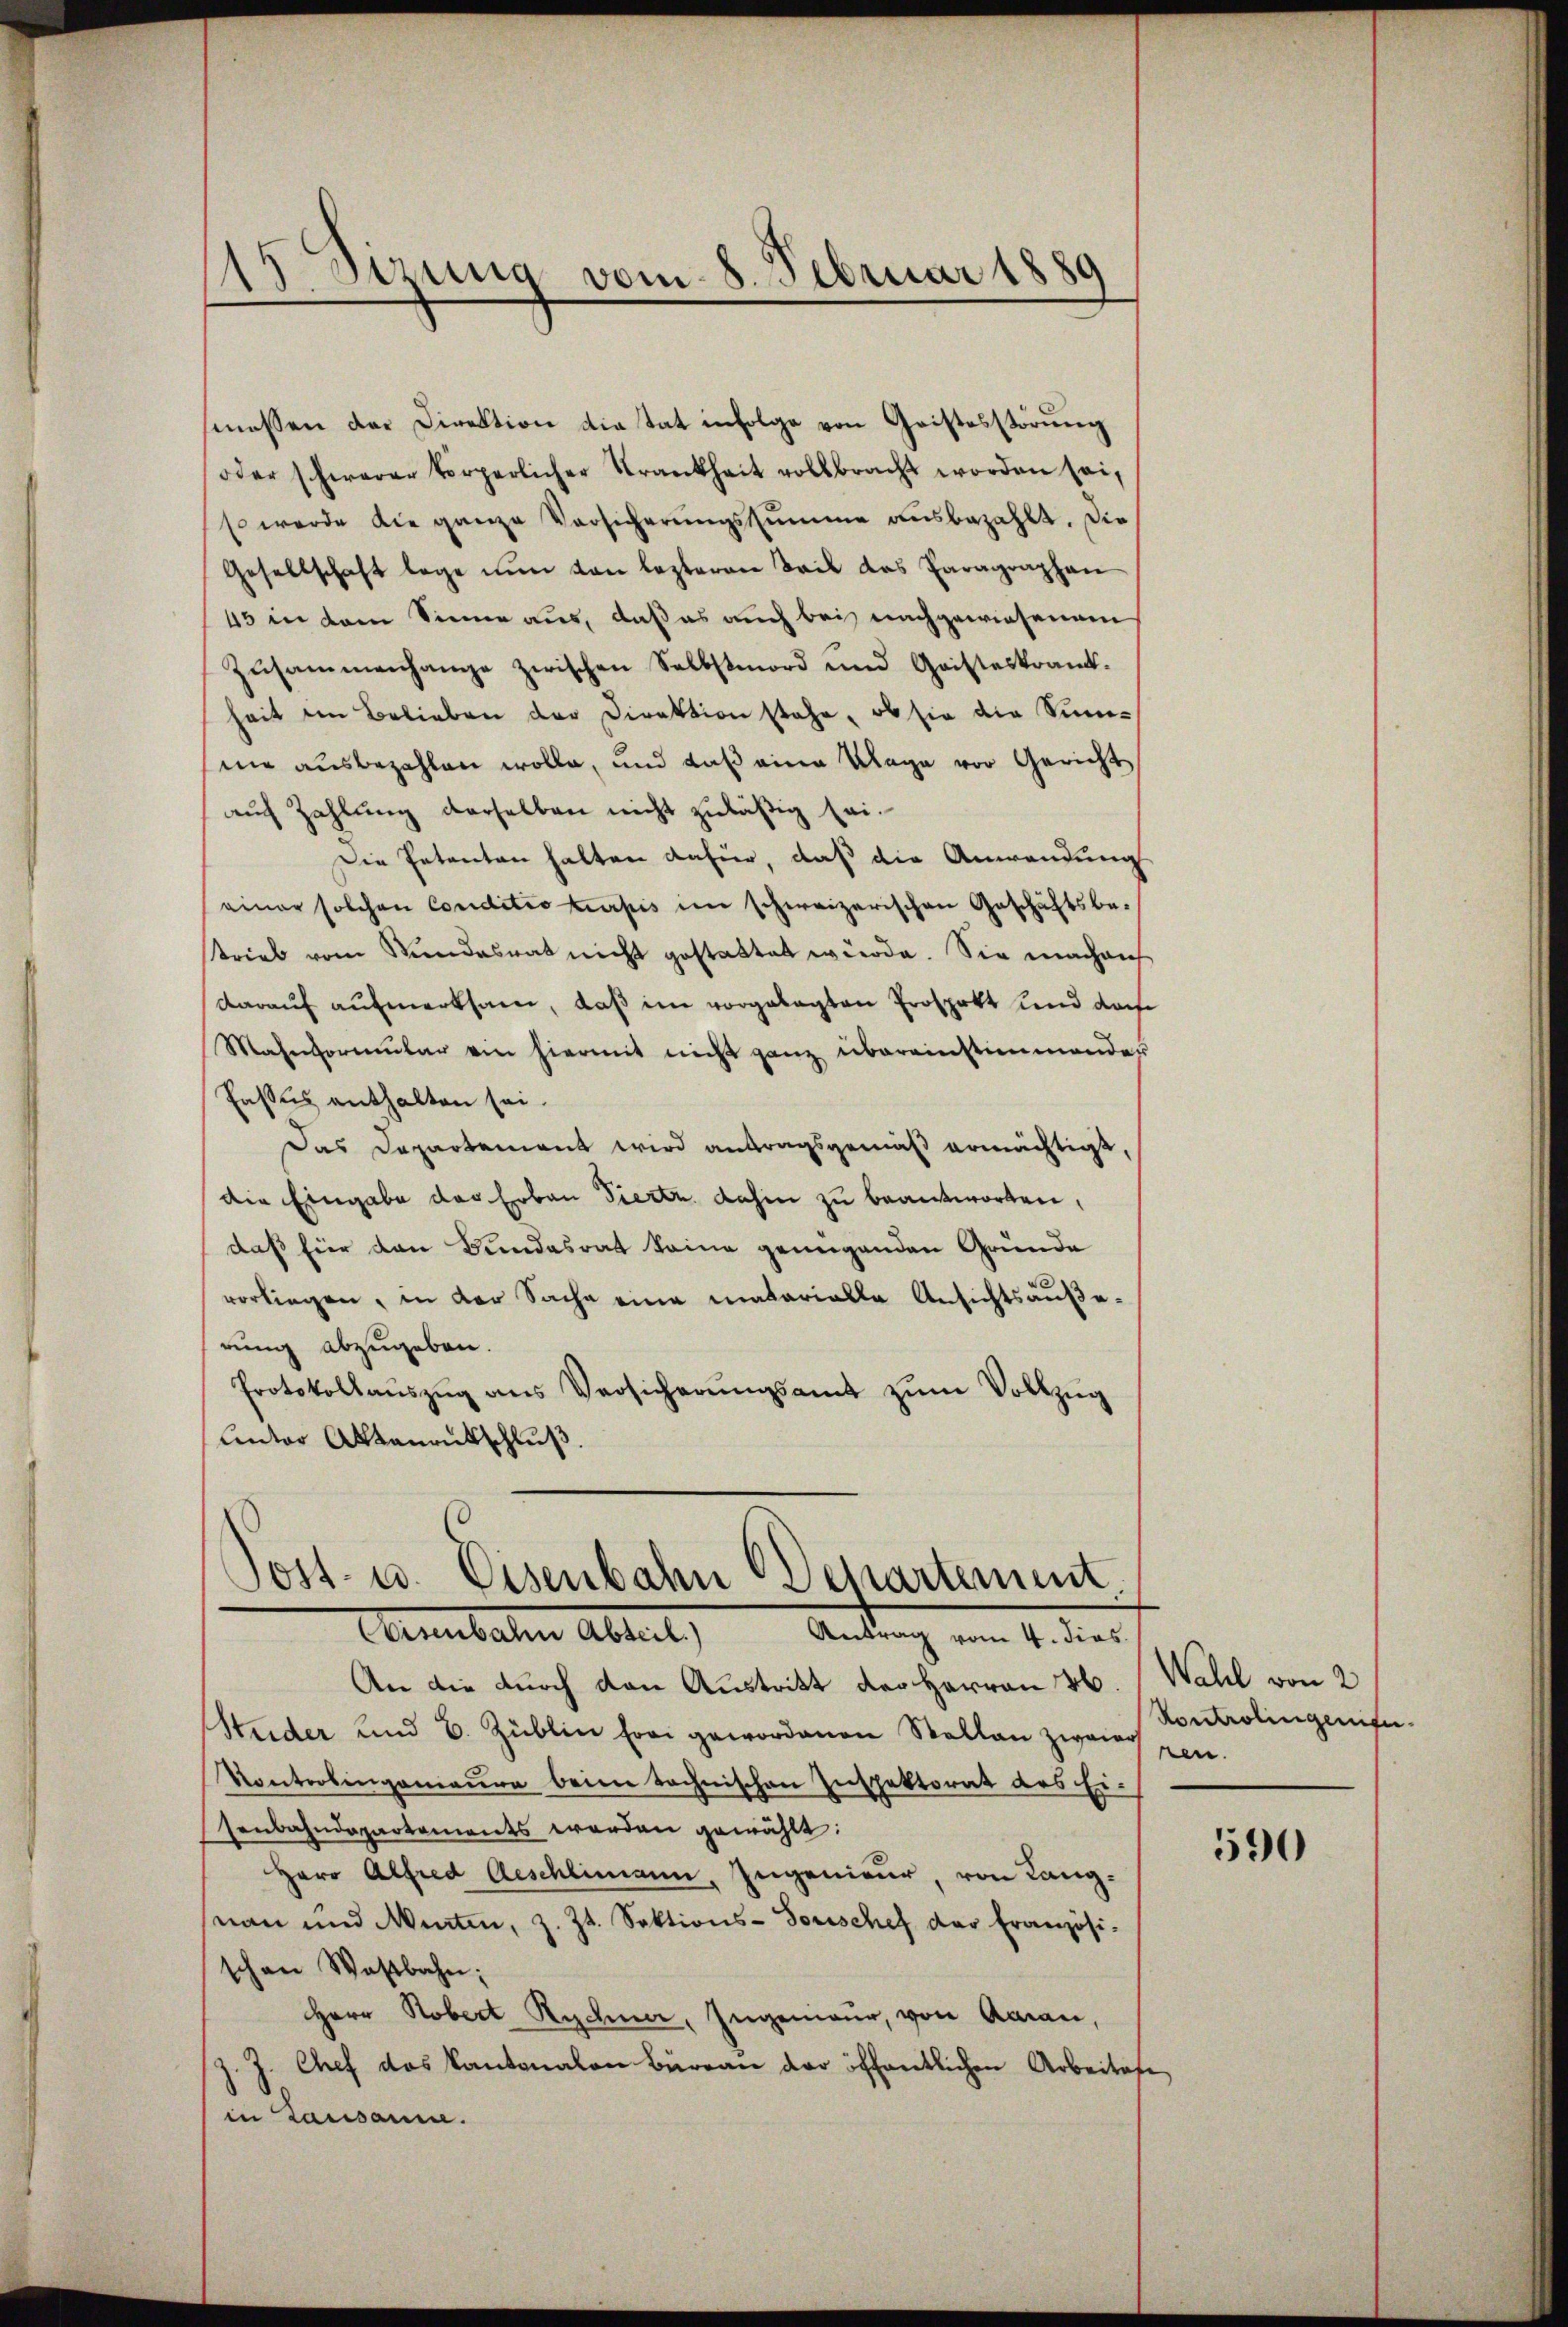
115. dirung vom 8. Februar 1889

messen der Direktion die Tat infolge von Geistesstörung
oder schwerer körperlicher Trankheit vollbracht worden sei,
so werde die ganze Versicherŭngssumme aŭsbezahlt. Die
Gesellschaft lege nŭn von lezteren Teil das Paragraphan
45 in dem Sinne aus, daß es auch bei nachgewiesenem
Zusammenhange zwischen Selbstmord und Geisteskrankheit im Belieben der Direktion stehe, ob sie die Sumnie ausbezahlen wolle, und daß eine Klage vor Gericht
auf Zahlung derselben nicht zuläßig sei¬
Die Petenten halten dafür, daß die Anwendung
einer solchen Conditio turpis im schweizerischen Geschäftsbetrieb vom Stundesrat nicht gestattet würde. Sie machen
darauf aufmerksam, daß im vorgelegten Prospekt und darf
Mahnformŭlar ein hiermit nicht ganz übereinstimmender
Faßes enthalten sei.
Das Departement wird antragsgemäß ermächtigt,
die Eingabe das Erban Viert dahin zu beantworten,
daß für den Bundesrat keine genügenden Gründe
vorliegen, in der Sache eine materialle Ansichtsäuße-
rung abzugeben.
Protokollaŭszŭg ans Versicherŭngsamt zŭm Vollzŭg
“
unter Aktenrutschluß.

Sost- u. Eisenbahn Departement
Anitaten Abteil
Antrag vom 4. dies

An die durch den Austritt der Herren 26. Wahl von 2
Studer und B. Züblin frei gewordenen Stallen zwang gen.
Kontrolingemeure beim technischen Inspektorat des Ei-
senbahndepartements werden gewählt:
Herr Alfred Aeschlimann, Ingenieur, von Langnan und Murten, z. Zt. Sektions-Forschef der Französi-
schen Wastbahn;
Herr Robert Rechner, Ingenieur, von Aarau,
j. J. Chef das Kantonalen Büreau der öffentlichen Arbeites,
in Lausanne.

Kontrolingenfu

590